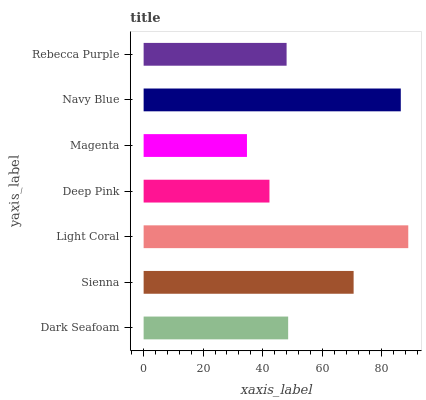
| yaxis_label | bars |
 | --- | --- |
 | Dark Seafoam | 48.5 |
 | Sienna | 70.5 |
 | Light Coral | 88.9 |
 | Deep Pink | 42.3 |
 | Magenta | 34.7 |
 | Navy Blue | 86.4 |
 | Rebecca Purple | 48 |